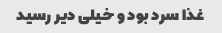
غذا سرد بود و خیلی دیر رسید